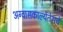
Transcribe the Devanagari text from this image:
अग्वासकाल्येंतेसचे